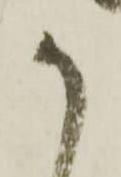
か